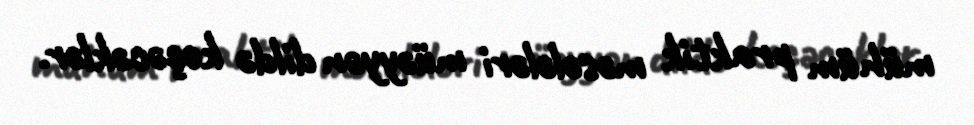
mühüm praktik məsələləri müəyyən dildə keçəcəklər.